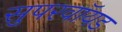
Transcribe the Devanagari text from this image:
सुपरवॉयड